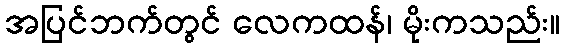
အပြင်ဘက်တွင် လေကထန်၊ မိုးကသည်း။